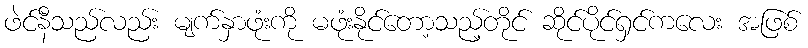
ဖဲင်နီသည်လည်း မျက်နှာဖုံးကို မဖုံးနိုင်တော့သည့်တိုင် ဆိုင်ပိုင်ရှင်ကလေး အဖြစ်